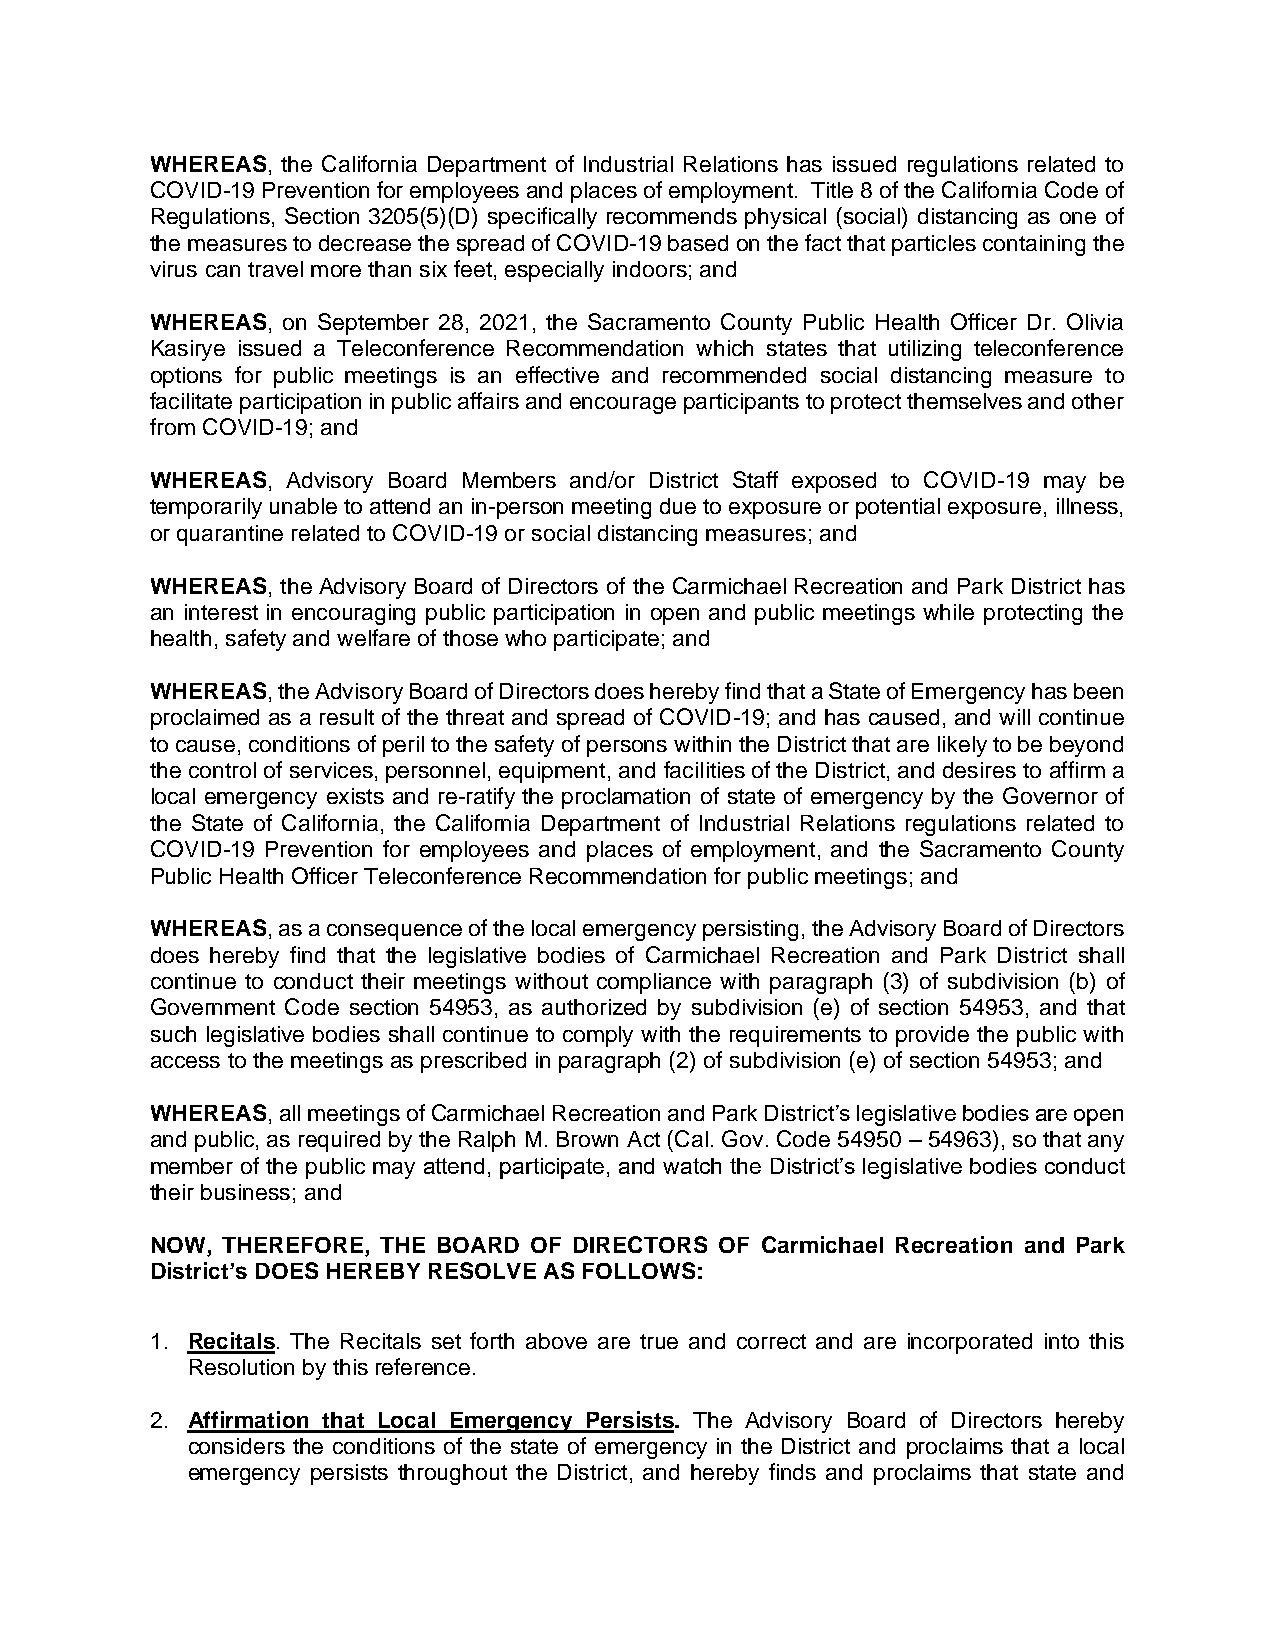
WHEREAS, the California Department of Industrial Relations has issued regulations related to
 COVID-19 Prevention for employees and places of employment. Title 8 of the California Code of
 Regulations, Section 3205(5)(D) specifically recommends physical (social) distancing as one of
 the measures to decrease the spread of COVID-19 based on the fact that particles containing the
 virus can travel more than six feet, especially indoors; and
 WHEREAS, on September 28, 2021, the Sacramento County Public Health Officer Dr. Olivia
 Kasirye issued a Teleconference Recommendation which states that utilizing teleconference
 options for public meetings is an effective and recommended social distancing measure to
 facilitate participation in public affairs and encourage participants to protect themselves and other
 from COVID-19; and
 WHEREAS, Advisory Board Members and/or District Staff exposed to COVID-19 may be
 temporarily unable to attend an in-person meeting due to exposure or potential exposure, illness,
 or quarantine related to COVID-19 or social distancing measures; and
 WHEREAS, the Advisory Board of Directors of the Carmichael Recreation and Park District has
 an interest in encouraging public participation in open and public meetings while protecting the
 health, safety and welfare of those who participate; and
 WHEREAS, the Advisory Board of Directors does hereby find that a State of Emergency has been
 proclaimed as a result of the threat and spread of COVID-19; and has caused, and will continue
 to cause, conditions of peril to the safety of persons within the District that are likely to be beyond
 the control of services, personnel, equipment, and facilities of the District, and desires to affirm a
 local emergency exists and re-ratify the proclamation of state of emergency by the Governor of
 the State of California, the California Department of Industrial Relations regulations related to
 COVID-19 Prevention for employees and places of employment, and the Sacramento County
 Public Health Officer Teleconference Recommendation for public meetings; and
 WHEREAS, as a consequence of the local emergency persisting, the Advisory Board of Directors
 does hereby find that the legislative bodies of Carmichael Recreation and Park District shall
 continue to conduct their meetings without compliance with paragraph (3) of subdivision (b) of
 Government Code section 54953, as authorized by subdivision (e) of section 54953, and that
 such legislative bodies shall continue to comply with the requirements to provide the public with
 access to the meetings as prescribed in paragraph (2) of subdivision (e) of section 54953; and
 WHEREAS, all meetings of Carmichael Recreation and Park District’s legislative bodies are open
 and public, as required by the Ralph M. Brown Act (Cal. Gov. Code 54950 – 54963), so that any
 member of the public may attend, participate, and watch the District’s legislative bodies conduct
 their business; and
 NOW, THEREFORE, THE BOARD OF DIRECTORS OF Carmichael Recreation and Park
 District’s DOES HEREBY RESOLVE AS FOLLOWS:
 1. Recitals. The Recitals set forth above are true and correct and are incorporated into this
 Resolution by this reference.
 2. Affirmation that Local Emergency Persists. The Advisory Board of Directors hereby
 considers the conditions of the state of emergency in the District and proclaims that a local
 emergency persists throughout the District, and hereby finds and proclaims that state and